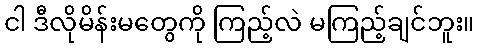
ငါ ဒီလိုမိန်းမတွေကို ကြည့်လဲ မကြည့်ချင်ဘူး။